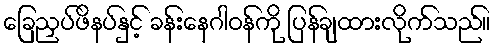
ခြေညှပ်ဖိနပ်နှင့် ခန်းနေဂါဝန်ကို ပြန်ချထားလိုက်သည်။